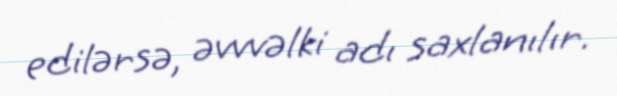
edilərsə, əvvvəlki adı saxlanılır.